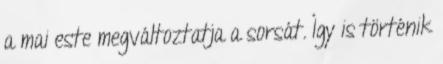
a mai este megváltoztatja a sorsát. Így is történik